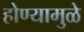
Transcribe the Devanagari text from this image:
होण्यामुळे